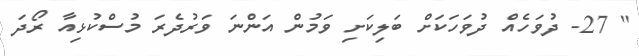
'' 27- ދުވަހެއް ދުވަހަކަށް ބަލިކަށި ވަމުން އަންނަ ވަރުދެރަ މުސްކުޅިއާ ރޯދަ